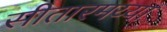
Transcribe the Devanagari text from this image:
सीतारमय्या